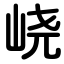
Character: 峣